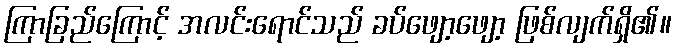
ကြာခြည်ကြောင့် အလင်းရောင်သည် ခပ်ဖျော့ဖျော့ ဖြစ်လျက်ရှိ၏။